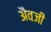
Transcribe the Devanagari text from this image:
अैवजी